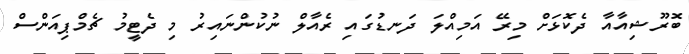
ބޮރޫޝިއާއާ ދެކޮޅަށް މިރޭ އަމިއްލަ ދަނޑުގައި ރެއާލް ނުކުންނައިރު މި ދެޓީމު ޗެމްޕިއަންސް